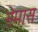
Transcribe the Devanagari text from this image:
सेमास